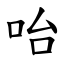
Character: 咍